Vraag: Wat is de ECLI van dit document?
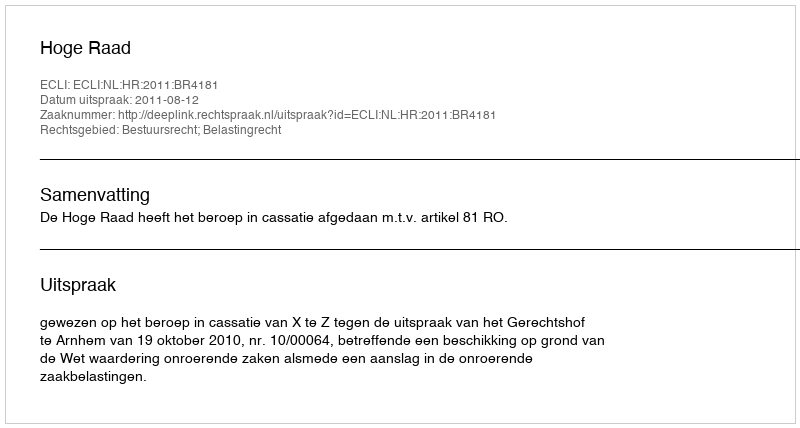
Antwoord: ECLI:NL:HR:2011:BR4181